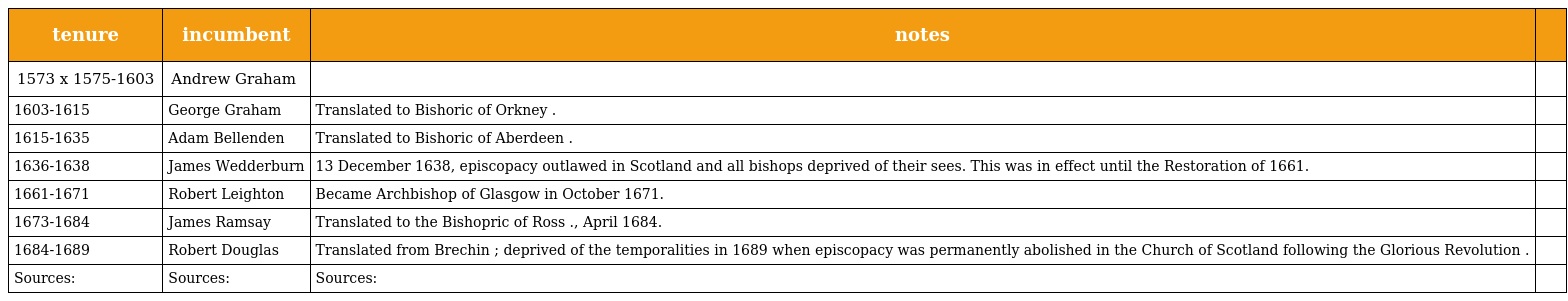
| tenure | incumbent | notes |  |
 | --- | --- | --- | --- |
 | 1573 x 1575-1603 | Andrew Graham |  |  |
 | 1603-1615 | George Graham | Translated to Bishoric of Orkney . |  |
 | 1615-1635 | Adam Bellenden | Translated to Bishoric of Aberdeen . |  |
 | 1636-1638 | James Wedderburn | 13 December 1638, episcopacy outlawed in Scotland and all bishops deprived of their sees. This was in effect until the Restoration of 1661. |  |
 | 1661-1671 | Robert Leighton | Became Archbishop of Glasgow in October 1671. |  |
 | 1673-1684 | James Ramsay | Translated to the Bishopric of Ross ., April 1684. |  |
 | 1684-1689 | Robert Douglas | Translated from Brechin ; deprived of the temporalities in 1689 when episcopacy was permanently abolished in the Church of Scotland following the Glorious Revolution . |  |
 | Sources: | Sources: | Sources: |  |